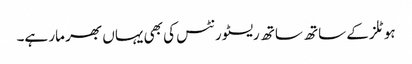
ہوٹلز کے ساتھ ساتھ ریسٹورنٹس کی بھی یہاں بھر مار ہے۔